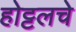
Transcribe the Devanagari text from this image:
होट्टलचे